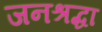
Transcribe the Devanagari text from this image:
जनश्रद्धा